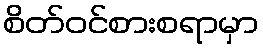
စိတ်ဝင်စားစရာမှာ